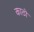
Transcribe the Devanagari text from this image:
काठों